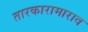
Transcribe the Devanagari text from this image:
तारकारामाराव